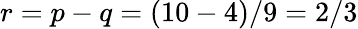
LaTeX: r=p-q=(10-4)/9=2/3